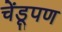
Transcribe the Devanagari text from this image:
चेंडूपण